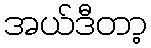
အယ်ဒီတာ့